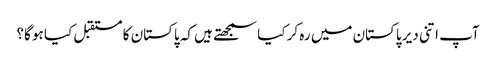
آپ اتنی دیر پاکستان میں رہ کر کیا سمجھتے ہیں کہ پاکستان کا مستقبل کیا ہو گا؟